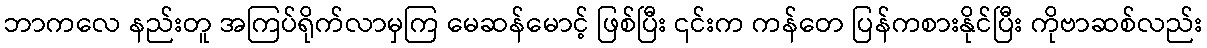
ဘာကလေ နည်းတူ အကြပ်ရိုက်လာမှကြ မေဆန်မောင့် ဖြစ်ပြီး ၎င်းက ကန်တေ ပြန်ကစားနိုင်ပြီး ကိုဗာဆစ်လည်း